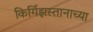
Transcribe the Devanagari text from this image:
किर्गिझस्तानाच्या